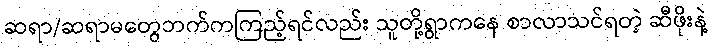
ဆရာ/ဆရာမတွေဘက်ကကြည့်ရင်လည်း သူတို့ရွာကနေ စာလာသင်ရတဲ့ ဆီဖိုးနဲ့